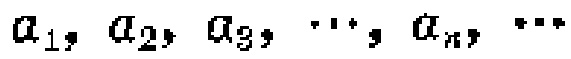
\(a_{1}, a_{2}, a_{3}, \cdots, a_{n}, \cdots\)